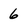
Character: 6